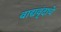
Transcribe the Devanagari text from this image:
वाद्यवृंदाचे